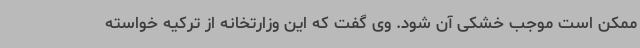
ممکن است موجب خشکی آن شود. وی گفت که این وزارتخانه از ترکیه خواسته